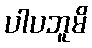
ပါပဘူမိ